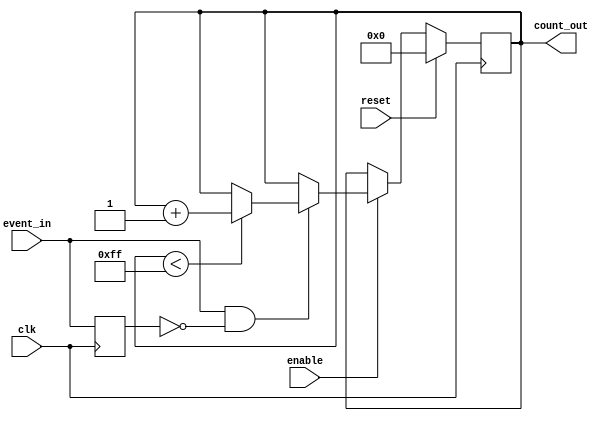
module event_triggered_counter (
    input wire clk,           // Clock signal
    input wire reset,         // Active high reset signal
    input wire enable,        // Active high enable signal
    input wire event_in,      // Event signal to trigger counting
    output reg [7:0] count_out // 8-bit count output (adjust width as needed)
);

    // Internal signal for edge detection
    reg event_in_prev;

    always @(posedge clk) begin
        if (reset) begin
            // Reset the counter to zero
            count_out <= 8'b0;
        end else if (enable) begin
            // Detect rising edge of event_in
            if (event_in && !event_in_prev) begin
                // Increment the counter, wrap around if needed
                if (count_out < 8'hFF) begin // Assuming max count is 255 (8 bits)
                    count_out <= count_out + 1;
                end
                // If max count is reached, it can either stay or wrap around
                // Uncomment the next line for wrap around behavior
                // else begin count_out <= 8'b0; end
            end
        end
        // Update previous event signal
        event_in_prev <= event_in;
    end

endmodule